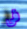
فى